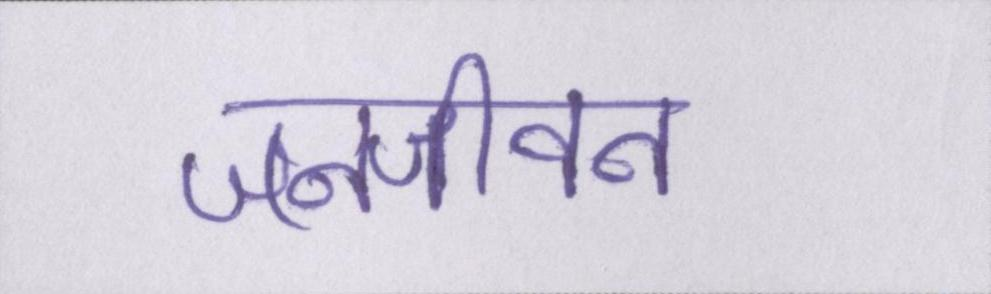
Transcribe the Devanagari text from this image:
जनजीवन